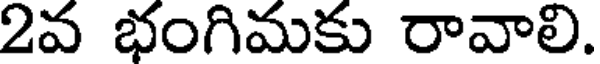
2వ భంగిమకు రావాలి.